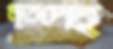
মৃতদেহ